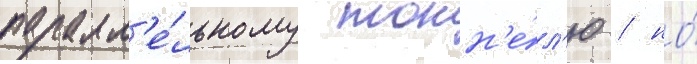
паралл'е́льному тонн'е́л'ю / но́